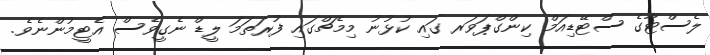
ލެސްޓާގެ ސްޓޭޑިއަމް ކިންގްޕަވަރ ގައި ކުޅުނު މިމެޗްގައި ފުރަތަމަ ލީޑް ނެގީވެސް އެޓީމުންނެވެ.